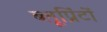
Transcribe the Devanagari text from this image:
ब्लूप्रिंटों